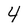
Character: 4